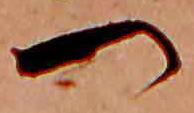
つ